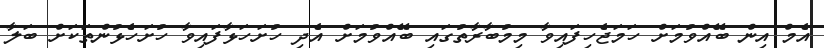
އެމް އިން ބޭއްވުމަށް ހަމަޖެހިފައިވާ މިމުބާރާތުގައި ބޭއްވުމަށް އެދި ހުށަހަޅާފައިވާ ހުށަހެޅުންތަކަށް ބަލާ